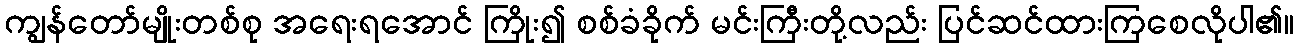
ကျွန်တော်မျိုးတစ်စု အရေးရအောင် ကြိုး၍ စစ်ခံခိုက် မင်းကြီးတို့လည်း ပြင်ဆင်ထားကြစေလိုပါ၏။